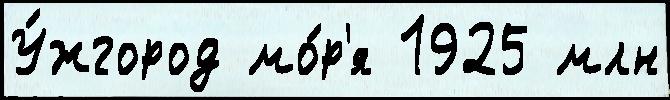
У́жгород мо́р'я 1925 млн